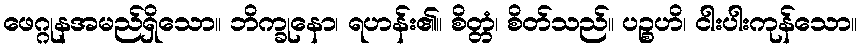
ဖေဂ္ဂုနအမည်ရှိသော။ ဘိက္ခုနော၊ ရဟန်း၏။ စိတ္တံ၊ စိတ်သည်။ ပဉ္စဟိ၊ ငါးပါးကုန်သော။